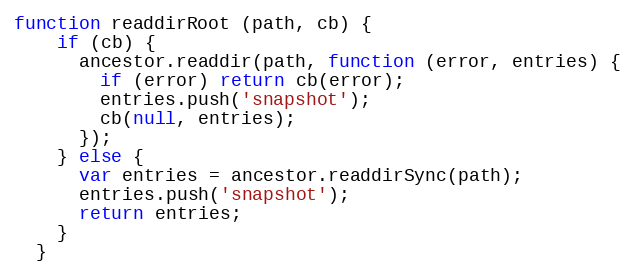
Language: JavaScript
function readdirRoot (path, cb) {
    if (cb) {
      ancestor.readdir(path, function (error, entries) {
        if (error) return cb(error);
        entries.push('snapshot');
        cb(null, entries);
      });
    } else {
      var entries = ancestor.readdirSync(path);
      entries.push('snapshot');
      return entries;
    }
  }